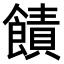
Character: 𫗙